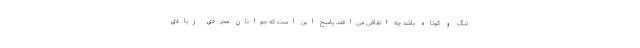
تنگ و کوتاه باشد چه اتفاقی می‌افتد، پاسخ این است که جوانان مجردی زیادی